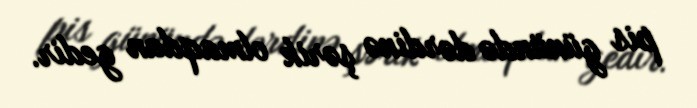
pis günündə dərdinə şərik olmaqdan gedir.